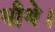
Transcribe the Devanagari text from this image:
भीथे।